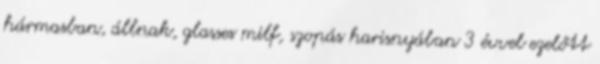
hármasban, állnak, glasses milf, szopás harisnyában 3 évvel ezelőtt